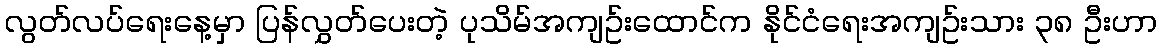
လွတ်လပ်ရေးနေ့မှာ ပြန်လွှတ်ပေးတဲ့ ပုသိမ်အကျဥ်းထောင်က နိုင်ငံရေးအကျဥ်းသား ၃၈ ဦးဟာ